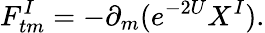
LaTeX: F_{tm}^{I}=-\partial_{m}(e^{-2U}X^{I}).